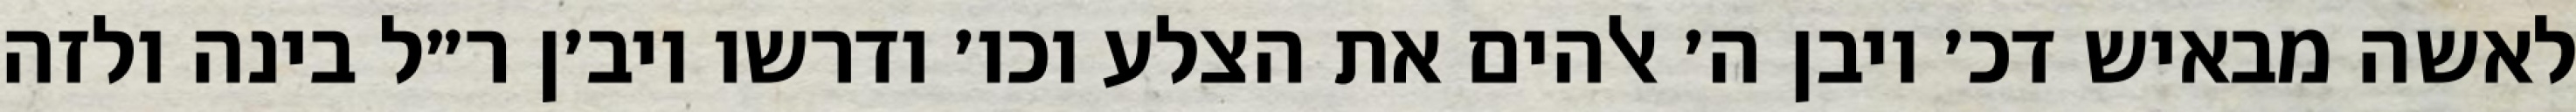
לאשה מבאיש דכ׳ ויבן ה׳ אלהים את הצלע וכו׳ ודרשו ויב׳ן ר״ל בינה ולזה